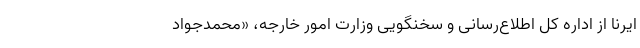
ایرنا از اداره کل اطلاع‌رسانی و سخنگویی وزارت امور خارجه، «محمدجواد